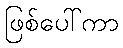
ဖြစ်ပေါ်ကာ